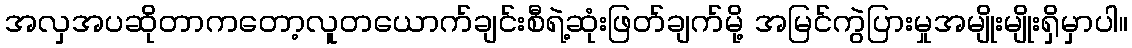
အလှအပဆိုတာကတော့လူတယောက်ချင်းစီရဲ့ဆုံးဖြတ်ချက်မို့ အမြင်ကွဲပြားမှုအမျိုးမျိုးရှိမှာပါ။